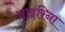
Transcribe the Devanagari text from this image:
आइरिना